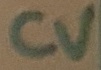
Text: CV